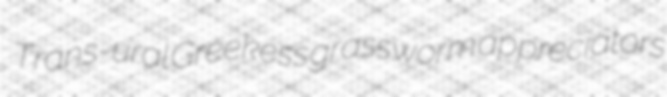
Trans-ural Greekess grassworm appreciators